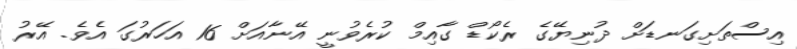
އިސްތަށިގަނޑަށް ދުނިޔޭގެ ރެކޯޑް ގާއިމް ކުރެވުނީ އޭނާއަށް 16 އަހަރުގަ އެވެ. އޭރު